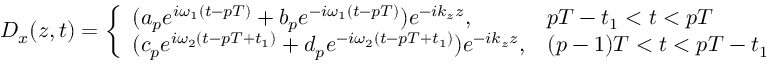
D _ { x } ( z , t ) = \left\{ \begin{array} { l l } { ( a _ { p } e ^ { i \omega _ { 1 } ( t - p T ) } + b _ { p } e ^ { - i \omega _ { 1 } ( t - p T ) } ) e ^ { - i k _ { z } z } , } & { p T - t _ { 1 } < t < p T } \\ { ( c _ { p } e ^ { i \omega _ { 2 } ( t - p T + t _ { 1 } ) } + d _ { p } e ^ { - i \omega _ { 2 } ( t - p T + t _ { 1 } ) } ) e ^ { - i k _ { z } z } , } & { ( p - 1 ) T < t < p T - t _ { 1 } } \end{array} \right.